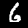
Label: 6